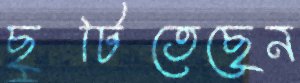
ছুটিতেছেন